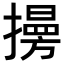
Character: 𢶔